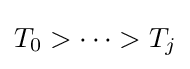
T_{0}>\cdots >T_{j}